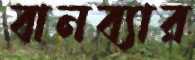
বানব্যার